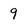
Character: 9